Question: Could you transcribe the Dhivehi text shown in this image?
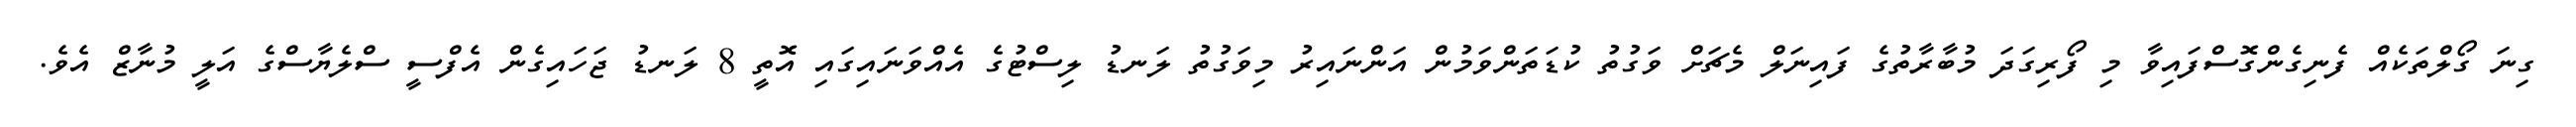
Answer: ގިނަ ގޯލްތަކެއް ފެނިގެންގޮސްފައިވާ މި ފޯރިގަދަ މުބާރާތުގެ ފައިނަލް މެޗަށް ވަގުތު ކުޑަތަންވަމުން އަންނައިރު މިވަގުތު ލަނޑު ލިސްޓުގެ އެއްވަނައިގައި އޮތީ 8 ލަނޑު ޖަހައިގެން އެފްސީ ސްލެޔާސްގެ އަލީ މުނާޒް އެވެ.